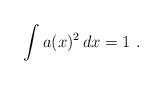
LaTeX: \begin{align*}\int a(x)^2\, dx=1 \ .\end{align*}